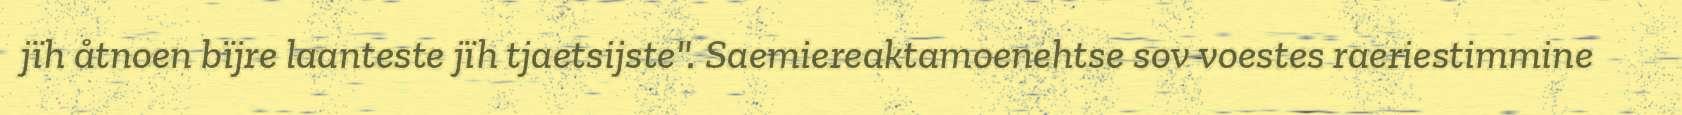
jïh åtnoen bïjre laanteste jïh tjaetsijste". Saemiereaktamoenehtse sov voestes raeriestimmine